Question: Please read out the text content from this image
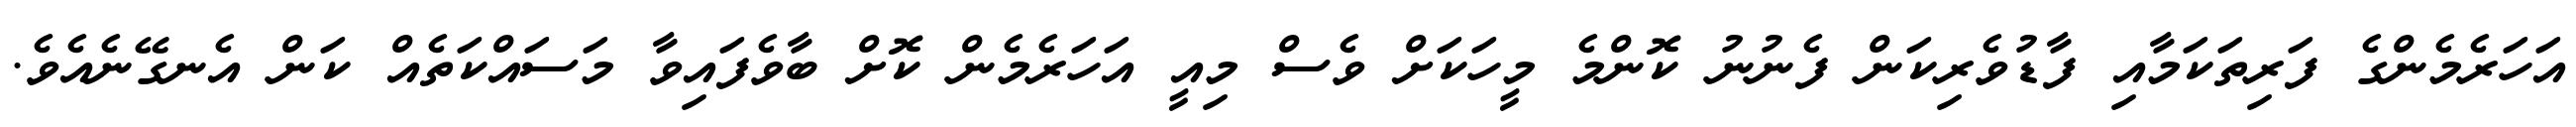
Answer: އަހަރެމެންގެ ފަރިތަކަމާއި ފާޑުވެރިކަން ފެނުނު ކޮންމެ މީހަކަށް ވެސް މިއީ އަހަރެމެން ކޮށް ބާވެފައިވާ މަސައްކަތެއް ކަން އެނގޭނެއެވެ.